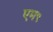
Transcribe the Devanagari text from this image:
एम९